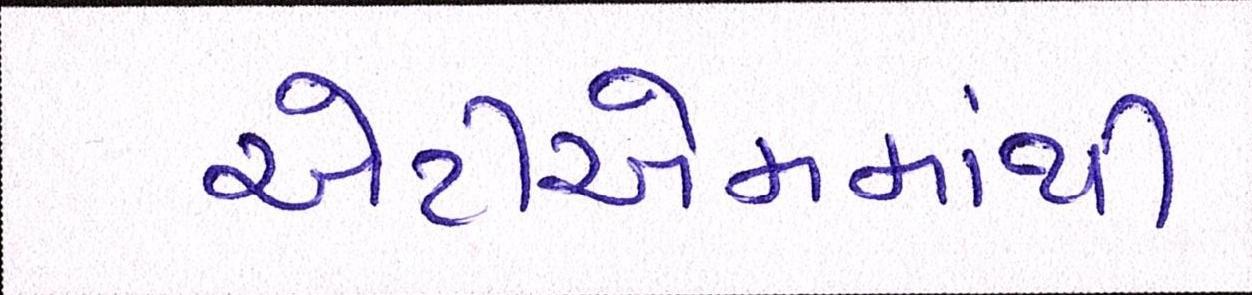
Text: એટીએમમાંથી